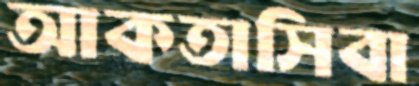
আকতাসিবা